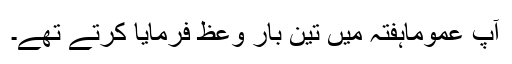
آپ عموماًہفتہ میں تین بار وعظ فرمایا کرتے تھے۔